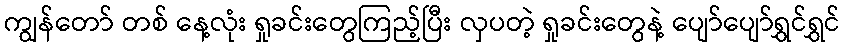
ကျွန်တော် တစ် နေ့လုံး ရှုခင်းတွေကြည့်ပြီး လှပတဲ့ ရှုခင်းတွေနဲ့ ပျော်ပျော်ရွှင်ရွှင်